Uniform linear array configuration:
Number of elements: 48
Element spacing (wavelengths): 0.75
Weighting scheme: uniform
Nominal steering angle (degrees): -30
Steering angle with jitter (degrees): -29.82
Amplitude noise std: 0.05
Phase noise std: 0.05

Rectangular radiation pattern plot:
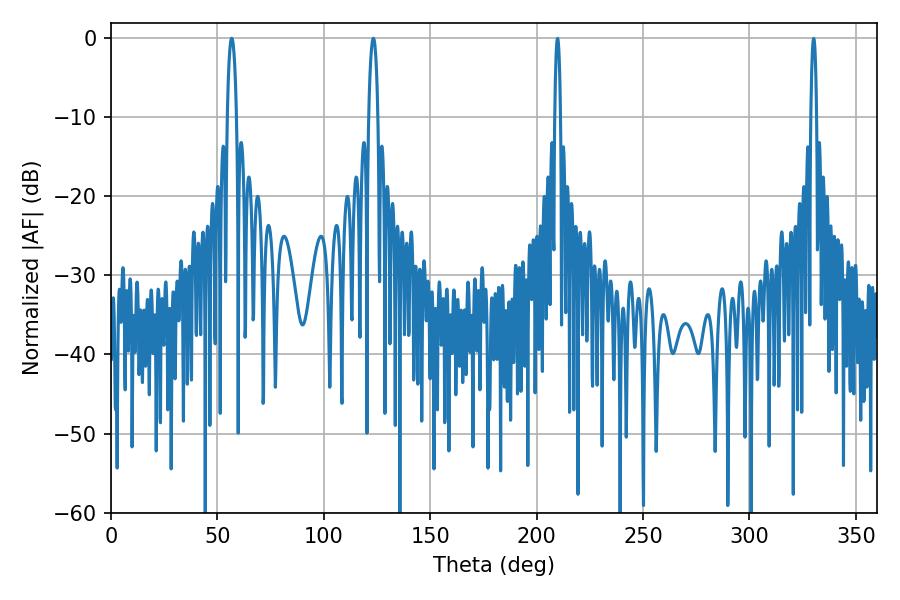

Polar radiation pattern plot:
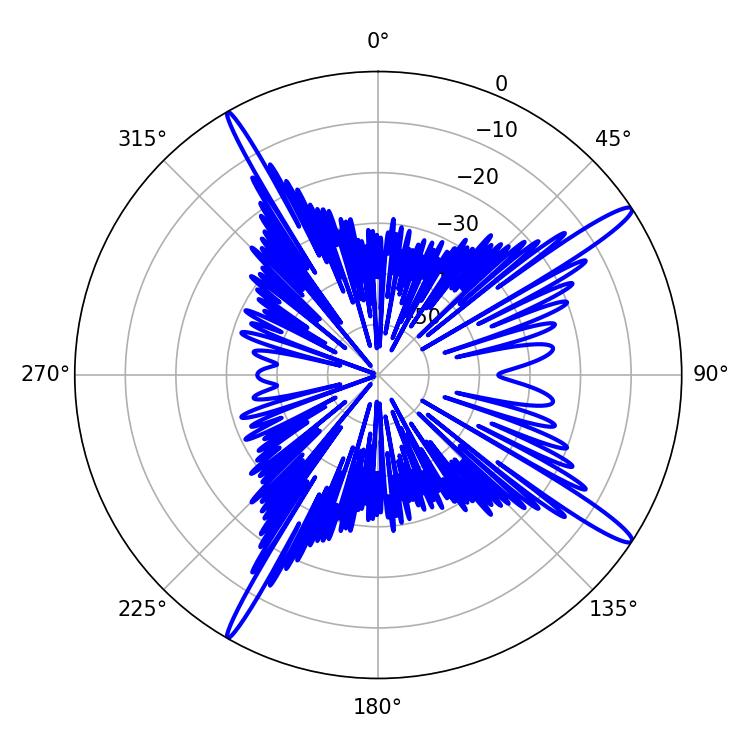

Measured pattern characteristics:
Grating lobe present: TRUE
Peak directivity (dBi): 15.776
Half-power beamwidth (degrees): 2.34
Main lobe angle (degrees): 123.3